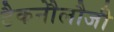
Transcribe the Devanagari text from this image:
टैकनौेलौजी